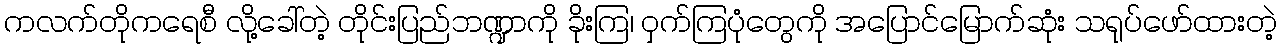
ကလက်တိုကရေစီ လို့ခေါ်တဲ့ တိုင်းပြည်ဘဏ္ဍာကို ခိုးကြ၊ ဝှက်ကြပုံတွေကို အပြောင်မြောက်ဆုံး သရုပ်ဖော်ထားတဲ့